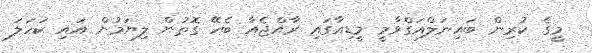
މީގެ ކުރިން ބައިނަލްއަގްވާމީ މީޑިއާގައި ރާއްޖެއާ ބެހޭ ގޮތުން ލިޔަމުން އައި ކަހަލަ